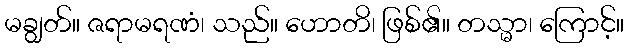
မချွတ်။ ဇရာမရဏံ၊ သည်။ ဟောတိ၊ ဖြစ်၏။ တသ္မာ၊ ကြောင့်။